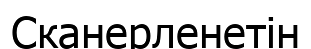
Сканерленетін